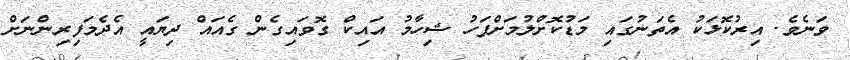
ވަނެވެ. އިރުކޮޅަކު އެތަނުގައި މަޑުކޮށްލުމަށްފަހު ޝިހާމު އައިކް ގޮވައިގެން ގެއަައް ދިޔައީ އެދެމަފިރިންނަށް